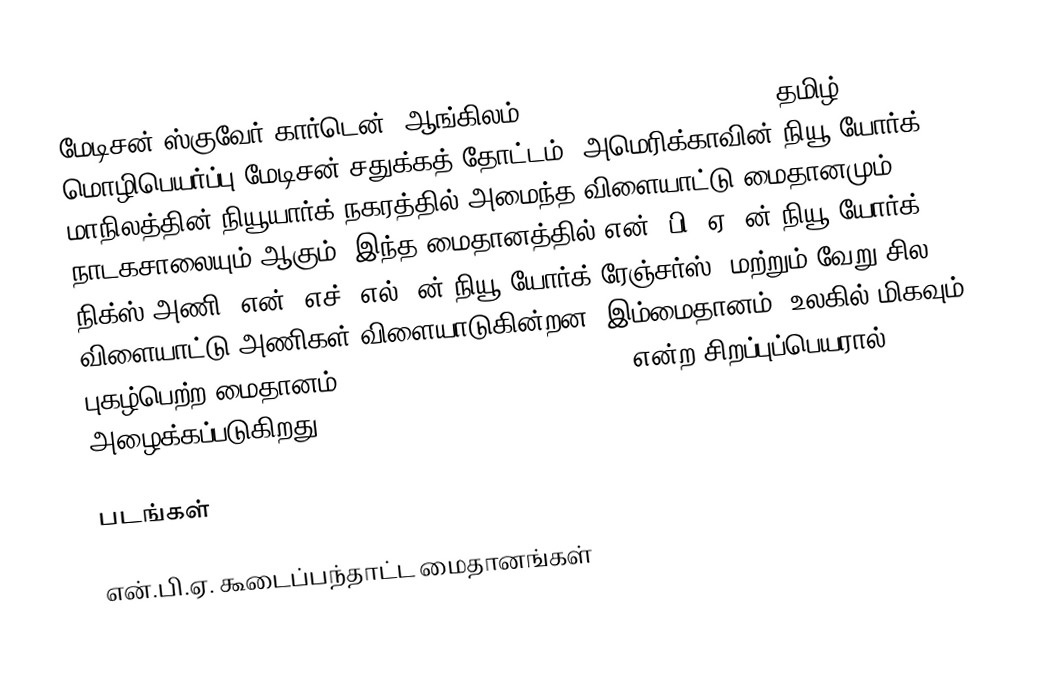
மேடிசன் ஸ்குவேர் கார்டென் (ஆங்கிலம்: Madison Square Garden), தமிழ் மொழிபெயர்ப்பு மேடிசன் சதுக்கத் தோட்டம், அமெரிக்காவின் நியூ யோர்க் மாநிலத்தின் நியூயார்க் நகரத்தில் அமைந்த விளையாட்டு மைதானமும், நாடகசாலையும் ஆகும். இந்த மைதானத்தில் என். பி. ஏ.-ன் நியூ யோர்க் நிக்ஸ் அணி, என். எச். எல்.-ன் நியூ யோர்க் ரேஞ்சர்ஸ், மற்றும் வேறு சில விளையாட்டு அணிகள் விளையாடுகின்றன. இம்மைதானம் "உலகில் மிகவும் புகழ்பெற்ற மைதானம்" (World's Most Famous Arena) என்ற சிறப்புப்பெயரால் அழைக்கப்படுகிறது.

படங்கள்

என்.பி.ஏ. கூடைப்பந்தாட்ட மைதானங்கள்